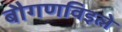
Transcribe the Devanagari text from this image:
बौगणविइले